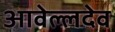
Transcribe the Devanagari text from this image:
आवेल्लदेव